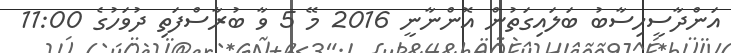
އަންދާސީހިސާބު ބަލައިގަތުން އޮންނާނީ 2016 މޭ 5 ވާ ބުރާސްފަތި ދުވަހުގެ 11:00